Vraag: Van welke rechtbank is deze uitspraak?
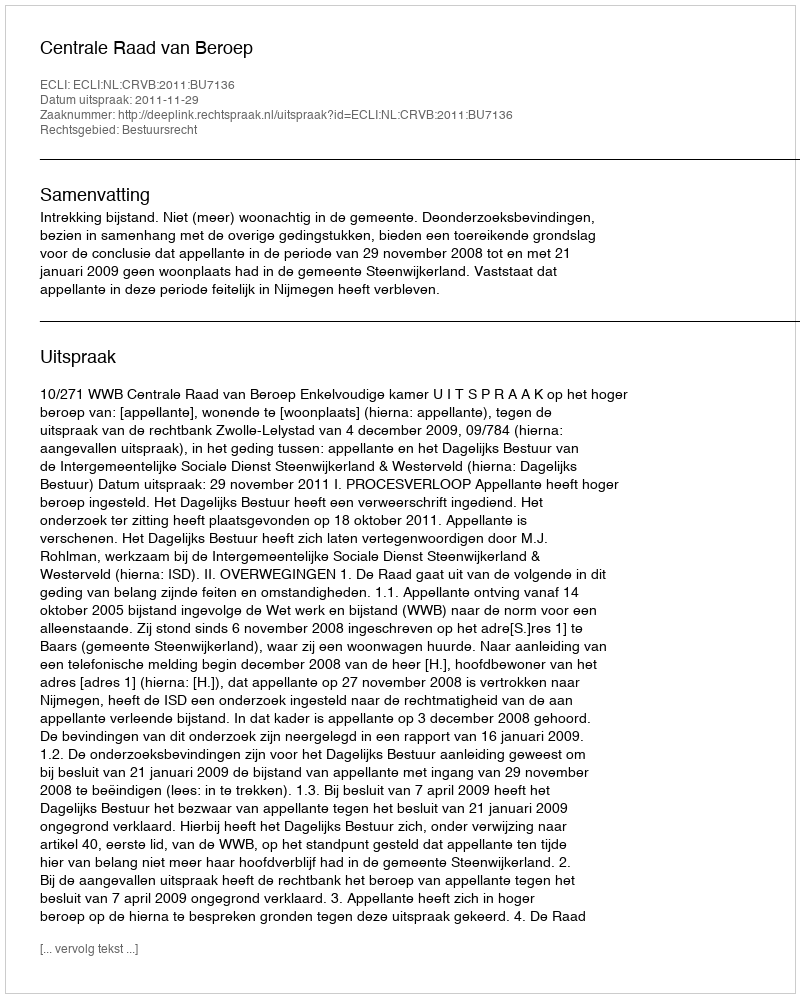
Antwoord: Centrale Raad van Beroep